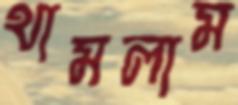
থামলাম